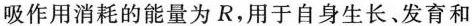
吸作用消耗的能量为R，用于自身生长、发育和